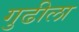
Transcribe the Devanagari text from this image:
गुढीला